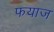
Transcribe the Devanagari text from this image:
फयाज